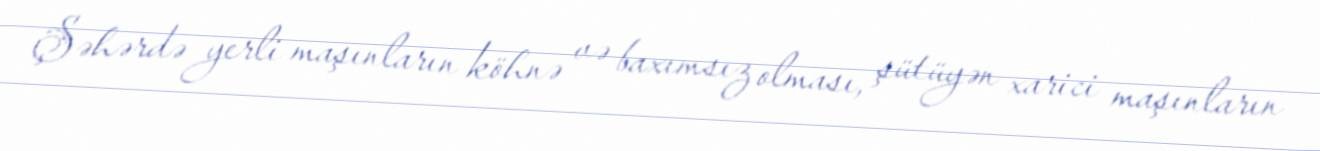
Şəhərdə yerli maşınların köhnə və baxımsız olması, şütüyən xarici maşınların